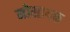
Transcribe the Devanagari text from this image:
मोसायक